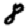
Digit: 8